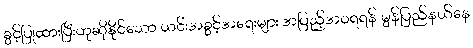
ခွင့်ပြုထားပြီးဟုဆိုနိုင်သော ယင်းအခွင့်အရေးများ အပြည့်အဝရရန် မွန်ပြည်နယ်နေ